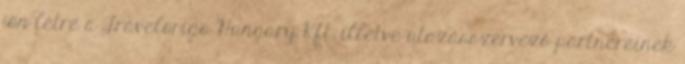
jön létre a Travelorigo Hungary Kft. illetve utazásszervező partnereinek